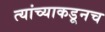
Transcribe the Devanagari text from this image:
त्‍यांच्याकडूनच